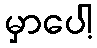
မှာပေါ့